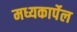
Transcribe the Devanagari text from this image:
मध्यकार्पेल